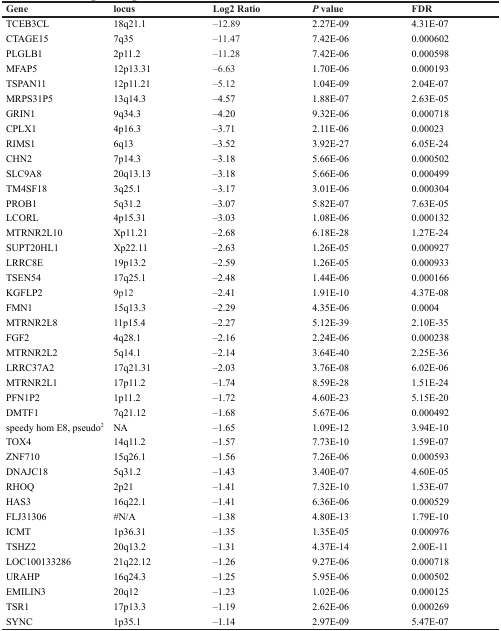
<table><thead><tr><td><b>Gene</b></td><td><b>locus</b></td><td><b>Log2 Ratio</b></td><td><b><i>P</i> value</b></td><td><b>FDR</b></td></tr></thead><tbody><tr><td>TCEB3CL</td><td>18q21.1</td><td>–12.89</td><td>2.27E-09</td><td>4.31E-07</td></tr><tr><td>CTAGE15</td><td>7q35</td><td>–11.47</td><td>7.42E-06</td><td>0.000602</td></tr><tr><td>PLGLB1</td><td>2p11.2</td><td>–11.28</td><td>7.42E-06</td><td>0.000598</td></tr><tr><td>MFAP5</td><td>12p13.31</td><td>–6.63</td><td>1.70E-06</td><td>0.000193</td></tr><tr><td>TSPAN11</td><td>12p11.21</td><td>–5.12</td><td>1.04E-09</td><td>2.04E-07</td></tr><tr><td>MRPS31P5</td><td>13q14.3</td><td>–4.57</td><td>1.88E-07</td><td>2.63E-05</td></tr><tr><td>GRIN1</td><td>9q34.3</td><td>–4.20</td><td>9.32E-06</td><td>0.000718</td></tr><tr><td>CPLX1</td><td>4p16.3</td><td>–3.71</td><td>2.11E-06</td><td>0.00023</td></tr><tr><td>RIMS1</td><td>6q13</td><td>–3.52</td><td>3.92E-27</td><td>6.05E-24</td></tr><tr><td>CHN2</td><td>7p14.3</td><td>–3.18</td><td>5.66E-06</td><td>0.000502</td></tr><tr><td>SLC9A8</td><td>20q13.13</td><td>–3.18</td><td>5.66E-06</td><td>0.000499</td></tr><tr><td>TM4SF18</td><td>3q25.1</td><td>–3.17</td><td>3.01E-06</td><td>0.000304</td></tr><tr><td>PROB1</td><td>5q31.2</td><td>–3.07</td><td>5.82E-07</td><td>7.63E-05</td></tr><tr><td>LCORL</td><td>4p15.31</td><td>–3.03</td><td>1.08E-06</td><td>0.000132</td></tr><tr><td>MTRNR2L10</td><td>Xp11.21</td><td>–2.68</td><td>6.18E-28</td><td>1.27E-24</td></tr><tr><td>SUPT20HL1</td><td>Xp22.11</td><td>–2.63</td><td>1.26E-05</td><td>0.000927</td></tr><tr><td>LRRC8E</td><td>19p13.2</td><td>–2.59</td><td>1.26E-05</td><td>0.000933</td></tr><tr><td>TSEN54</td><td>17q25.1</td><td>–2.48</td><td>1.44E-06</td><td>0.000166</td></tr><tr><td>KGFLP2</td><td>9p12</td><td>–2.41</td><td>1.91E-10</td><td>4.37E-08</td></tr><tr><td>FMN1</td><td>15q13.3</td><td>–2.29</td><td>4.35E-06</td><td>0.0004</td></tr><tr><td>MTRNR2L8</td><td>11p15.4</td><td>–2.27</td><td>5.12E-39</td><td>2.10E-35</td></tr><tr><td>FGF2</td><td>4q28.1</td><td>–2.16</td><td>2.24E-06</td><td>0.000238</td></tr><tr><td>MTRNR2L2</td><td>5q14.1</td><td>–2.14</td><td>3.64E-40</td><td>2.25E-36</td></tr><tr><td>LRRC37A2</td><td>17q21.31</td><td>–2.03</td><td>3.76E-08</td><td>6.02E-06</td></tr><tr><td>MTRNR2L1</td><td>17p11.2</td><td>–1.74</td><td>8.59E-28</td><td>1.51E-24</td></tr><tr><td>PFN1P2</td><td>1p11.2</td><td>–1.72</td><td>4.60E-23</td><td>5.15E-20</td></tr><tr><td>DMTF1</td><td>7q21.12</td><td>–1.68</td><td>5.67E-06</td><td>0.000492</td></tr><tr><td>speedy hom E8, pseudo<sup>2</sup></td><td>NA</td><td>–1.65</td><td>1.09E-12</td><td>3.94E-10</td></tr><tr><td>TOX4</td><td>14q11.2</td><td>–1.57</td><td>7.73E-10</td><td>1.59E-07</td></tr><tr><td>ZNF710</td><td>15q26.1</td><td>–1.56</td><td>7.26E-06</td><td>0.000593</td></tr><tr><td>DNAJC18</td><td>5q31.2</td><td>–1.43</td><td>3.40E-07</td><td>4.60E-05</td></tr><tr><td>RHOQ</td><td>2p21</td><td>–1.41</td><td>7.32E-10</td><td>1.53E-07</td></tr><tr><td>HAS3</td><td>16q22.1</td><td>–1.41</td><td>6.36E-06</td><td>0.000529</td></tr><tr><td>FLJ31306</td><td>#N/A</td><td>–1.38</td><td>4.80E-13</td><td>1.79E-10</td></tr><tr><td>ICMT</td><td>1p36.31</td><td>–1.35</td><td>1.35E-05</td><td>0.000976</td></tr><tr><td>TSHZ2</td><td>20q13.2</td><td>–1.31</td><td>4.37E-14</td><td>2.00E-11</td></tr><tr><td>LOC100133286</td><td>21q22.12</td><td>–1.26</td><td>9.27E-06</td><td>0.000718</td></tr><tr><td>URAHP</td><td>16q24.3</td><td>–1.25</td><td>5.95E-06</td><td>0.000502</td></tr><tr><td>EMILIN3</td><td>20q12</td><td>–1.23</td><td>1.02E-06</td><td>0.000125</td></tr><tr><td>TSR1</td><td>17p13.3</td><td>–1.19</td><td>2.62E-06</td><td>0.000269</td></tr><tr><td>SYNC</td><td>1p35.1</td><td>–1.14</td><td>2.97E-09</td><td>5.47E-07</td></tr></tbody></table>